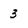
Character: 3